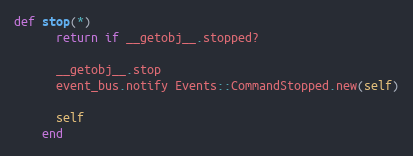
Language: Ruby
def stop(*)
      return if __getobj__.stopped?

      __getobj__.stop
      event_bus.notify Events::CommandStopped.new(self)

      self
    end